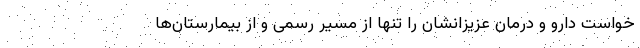
خواست دارو و درمان عزیزانشان را تنها از مسیر رسمی و از بیمارستان‌ها